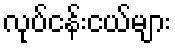
လုပ်ငန်းငယ်များ